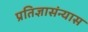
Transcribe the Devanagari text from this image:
प्रतिज्ञासंन्यास